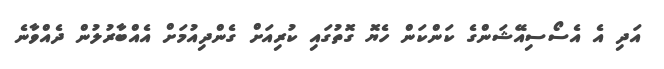
އަދި އެ އެސޯސިއޭޝަންގެ ކަންކަން ހެޔޮ ގޮތުގައި ކުރިއަށް ގެންދިއުމަށް އެއްބާރުލުން ދެއްވާނެ